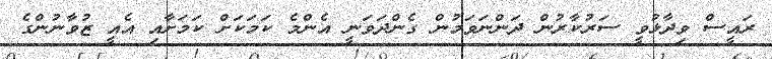
ރައީސް ވިދާޅުވީ ސަރުކާރުން ދަންނަވަމުން ގެންދަވަނީ އެންމެ ކަމަކަށް ކަމަށާއި އެއީ ޒުވާނުންގެ